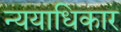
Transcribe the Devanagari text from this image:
न्ययाधिकार